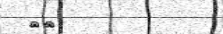
٤٢